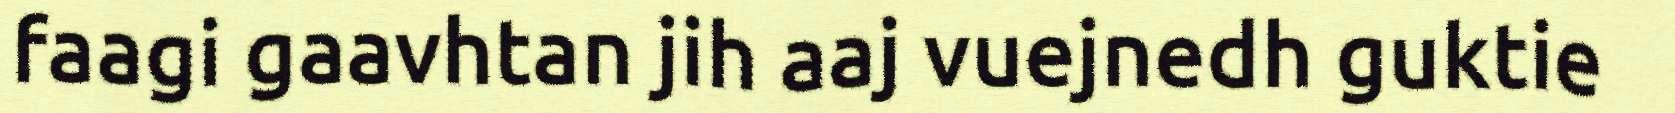
faagi gaavhtan jih aaj vuejnedh guktie